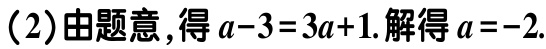
(2)由题意,得\(a - 3 = 3a + 1\).解得\(a = - 2\).